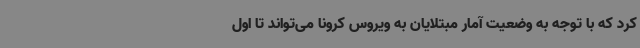
کرد که با توجه به وضعیت آمار مبتلایان به ویروس کرونا می‌تواند تا اول